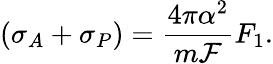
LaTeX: (\sigma_{A}+\sigma_{P})={\frac{4\pi\alpha^{2}}{m{\cal F}}}F_{1}.